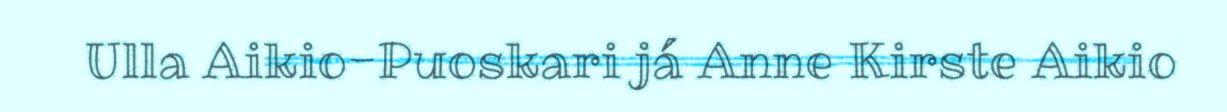
Ulla Aikio-Puoskari já Anne Kirste Aikio